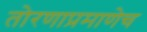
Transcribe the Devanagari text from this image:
तोरणाप्रमाणेच